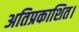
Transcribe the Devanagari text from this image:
अतिप्रकाशित।